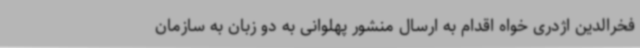
فخرالدین اژدری خواه اقدام به ارسال منشور پهلوانی به دو زبان به سازمان